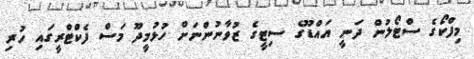
މިފްކޯގެ ސްޓޯލުން ދަނީ އައްޑޫގެ ސިޓީގެ ޒުވާނުންނަށް ހުޅުމީދޫ މަސް ފެކްޓްރީގައި ހުރި